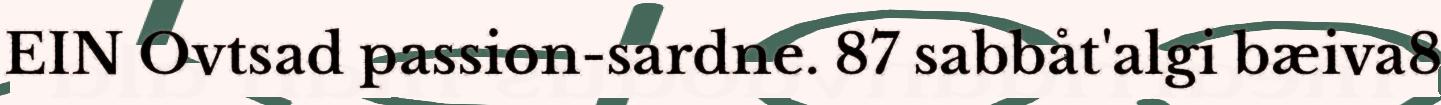
EIN Ovtsad passion-sardne. 87 sabbåt'algi bæiva8